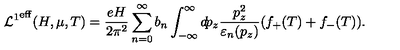
{ { \cal L } ^ { 1 } } ^ { \mathrm { e f f } } ( H , \mu , T ) = \frac { e H } { 2 \pi ^ { 2 } } \sum _ { n = 0 } ^ { \infty } b _ { n } \int _ { - \infty } ^ { \infty } d \! p _ { z } { } \frac { p _ { z } ^ { 2 } } { \varepsilon _ { n } ( p _ { z } ) } ( f _ { + } ( T ) + f _ { - } ( T ) ) .